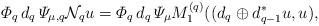
LaTeX: \begin{align*} \varPhi_q \, d_q \, \varPsi_{\mu,q} {\mathcal N}_q u = \varPhi_q \, d_q \, \varPsi_\mu M_1^{(q)} ((d_q \oplus d_{q-1}^* u,u),\end{align*}